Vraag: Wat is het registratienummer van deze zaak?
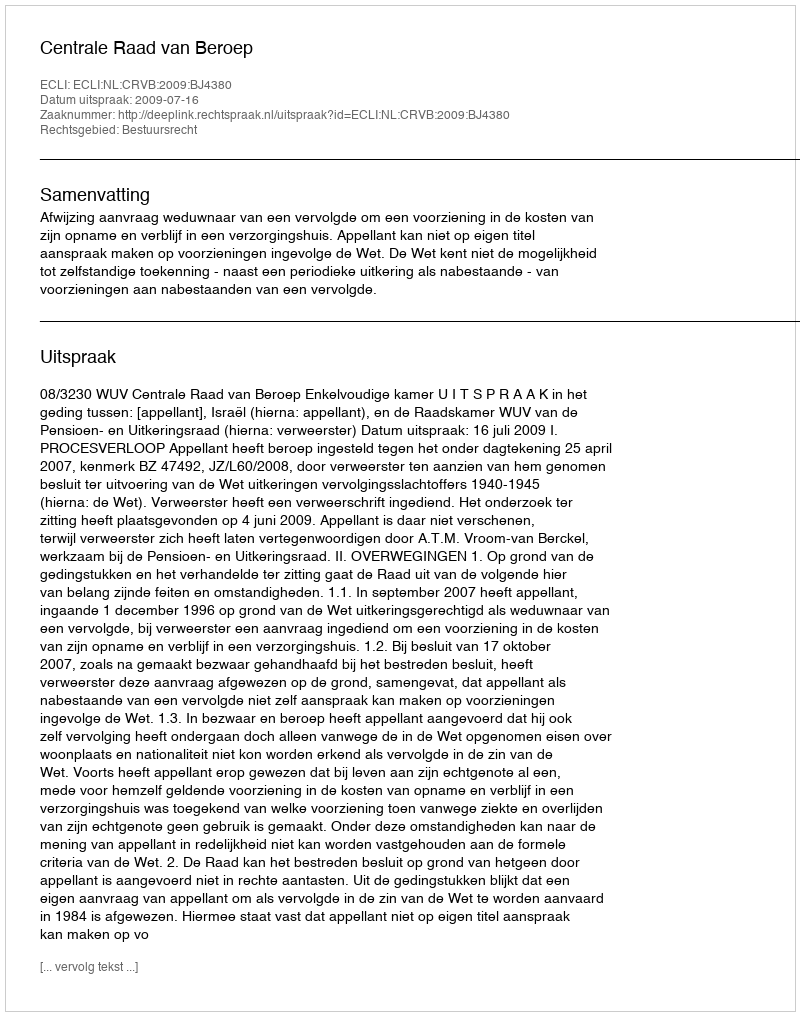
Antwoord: http://deeplink.rechtspraak.nl/uitspraak?id=ECLI:NL:CRVB:2009:BJ4380